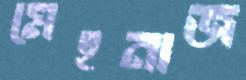
মেহনাজ